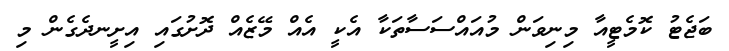
ބަޖެޓު ކޮމެޓީއާ މިނިވަން މުއައްސަސާތަކާ އެކީ އެއް މޭޒެއް ދޮށުގައި އިށީނދެގެން މި